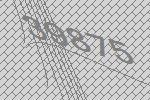
39875